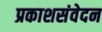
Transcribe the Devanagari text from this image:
प्रकाशसंवेदन